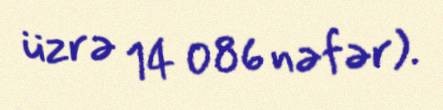
üzrə 14 086 nəfər).